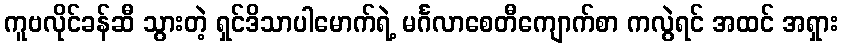
ကူဗလိုင်ခန်ဆီ သွားတဲ့ ရှင်ဒိသာပါမောက်ရဲ့ မင်္ဂလာစေတီကျောက်စာ ကလွဲရင် အထင် အရှား